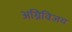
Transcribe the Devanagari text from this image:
अग्निविजय